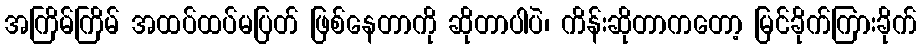
အကြိမ်ကြိမ် အထပ်ထပ်မပြတ် ဖြစ်နေတာကို ဆိုတာပါပဲ၊ ကိန်းဆိုတာကတော့ မြင်ခိုက်ကြားခိုက်